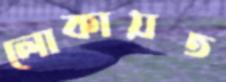
লোকায়ত